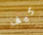
كيف